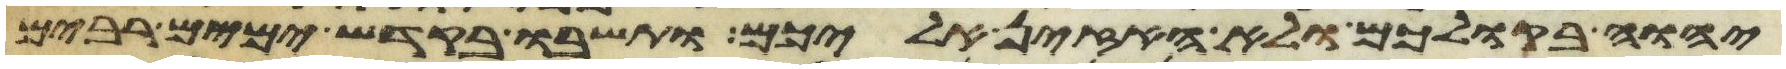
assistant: יהוה בקולכם ולא האזין אליכם ותשבו בקדש ימים רבים